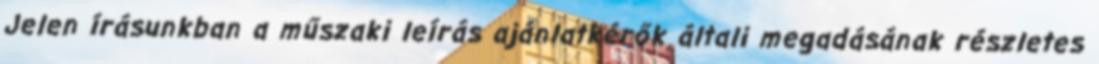
Jelen írásunkban a műszaki leírás ajánlatkérők általi megadásának részletes